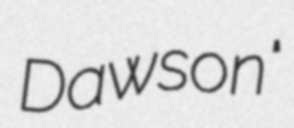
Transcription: Dawson"